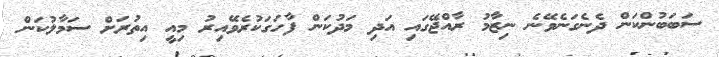
ސަބަބުންކަން ދެނެގަނެވޭނެ ނިޒާމު ރާއްޖޭގައި އަދި މަދުކަން ފާހަގަކުރެވޭއިރު މިއީ އިތުރަށް ސަމާލުކަން